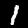
Digit: 1